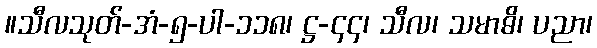
။သီလသုတ်-အံ-၅-ပါ-၁၁၈၊ ဋ္ဌ-၄၄၊ သီလ၊ သမာဓိ၊ ပညာ၊